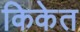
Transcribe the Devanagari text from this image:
किकेत